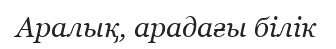
Аралық, арадағы білік